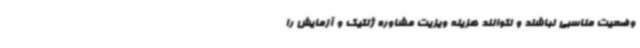
وضعیت مناسبی نباشند و نتوانند هزینه ویزیت مشاوره ژنتیک و آزمایش را